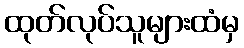
ထုတ်လုပ်သူများထံမှ